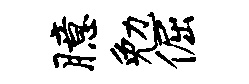
臆勉倔